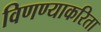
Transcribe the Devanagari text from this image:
विणण्याकरिता